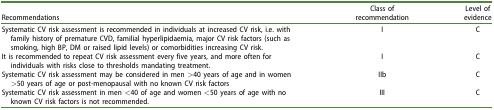
| Recommendations | Class of recommendation | Level of evidence |
 | --- | --- | --- |
 | Systematic CV risk assessment is recommended in individuals at increased CV risk, i.e. with family history of premature CVD, familial hyperlipidaemia, major CV risk factors (such as smoking, high BP, DM or raised lipid levels) or comorbidities increasing CV risk. | I | C |
 | It is recommended to repeat CV risk assessment every five years, and more often for individuals with risks close to thresholds mandating treatment. | I | C |
 | Systematic CV risk assessment may be considered in men >40 years of age and in women >50 years of age or post-menopausal with no known CV risk factors | IIb | C |
 | Systematic CV risk assessment in men <40 of age and women <50 years of age with no known CV risk factors is not recommended. | III | C |